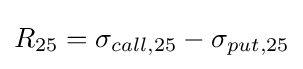
R_{25}=\sigma _{call,25}-\sigma _{put,25}